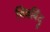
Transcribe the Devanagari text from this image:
चित्रबिंदु